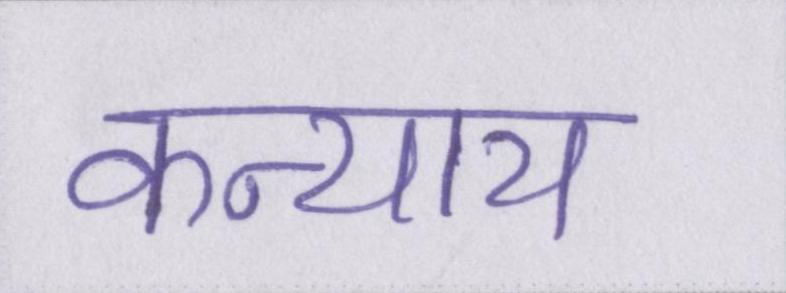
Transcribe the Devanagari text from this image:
कन्याय